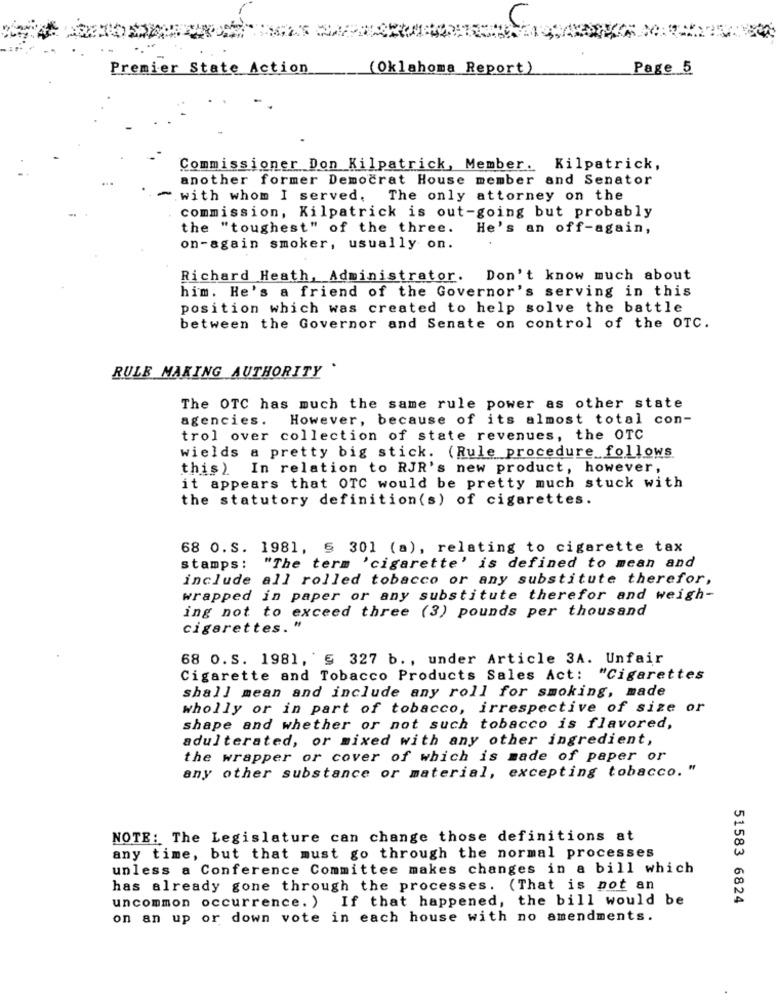
Premier State Action
(Oklahoma Report)
Page 5
Commissioner Don Kilpatrick, Member. Kilpatrick,
another former Democrat House member and Senator
~ with whom I served. The only attorney on the
commission, Kilpatrick is out-going but probably
the "toughest" of the three. He's an off-again,
on-again smoker, usually on.
Richard Heath, Administrator. Don't know much about
him. He's a friend of the Governor's serving in this
position which was created to help solve the battle
between the Governor and Senate on control of the OTC.
RULE MAKING AUTHORITY .
The OTC has much the same rule power as other state
agencies. However, because of its almost total con-
trol over collection of state revenues, the OTC
wields a pretty big stick. (Rule procedure follows
this) In relation to RJR's new product, however,
it appears that OTC would be pretty much stuck with
the statutory definition(s) of cigarettes.
68 0.s. 1981, 5 301 (a), relating to cigarette tax
stamps: "The term 'cigarette' is defined to mean and
include all rolled tobacco or any substitute therefor,
wrapped in paper or any substitute therefor and weigh-
ing not to exceed three (3) pounds per thousand
cigarettes. "
68 O.s. 1981, 5 327 b ., under Article 3A. Unfair
Cigarette and Tobacco Products Sales Act: "Cigarettes
shall mean and include any roll for smoking, made
wholly or in part of tobacco, irrespective of size or
shape and whether or not such tobacco is flavored,
adulterated, or mixed with any other ingredient,
the wrapper or cover of which is made of paper or
any other substance or material, excepting tobacco. "
NOTE: The Legislature can change those definitions at
any time, but that must go through the normal processes
unless a Conference Committee makes changes in a bill which
has already gone through the processes. (That is not an
uncommon occurrence. ) If that happened, the bill would be
51583 6824
on an up or down vote in each house with no amendments.